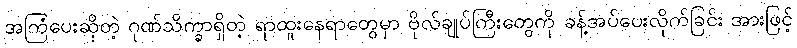
အကြံပေးဆိုတဲ့ ဂုဏ်သိက္ခာရှိတဲ့ ရာထူးနေရာတွေမှာ ဗိုလ်ချုပ်ကြီးတွေကို ခန့်အပ်ပေးလိုက်ခြင်း အားဖြင့်